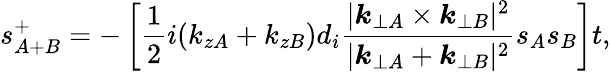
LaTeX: s_{A+B}^{+}=-\left[\frac{1}{2}i(k_{zA}+k_{zB})d_{i}\frac{|\boldsymbol{k}_{\perp A}\times\boldsymbol{k}_{\perp B}|^{2}}{|\boldsymbol{k}_{\perp A}+\boldsymbol{k}_{\perp B}|^{2}}s_{A}s_{B}\right]t,